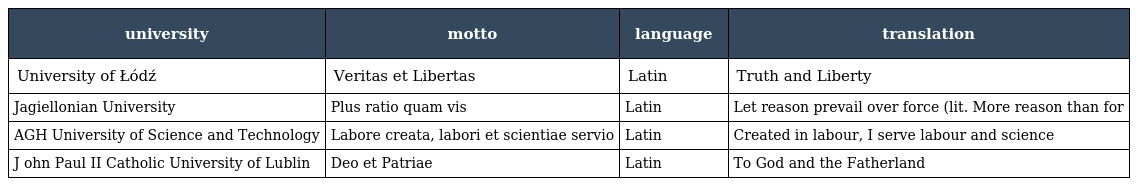
| university | motto | language | translation |
 | --- | --- | --- | --- |
 | University of Łódź | Veritas et Libertas | Latin | Truth and Liberty |
 | Jagiellonian University | Plus ratio quam vis | Latin | Let reason prevail over force (lit. More reason than for |
 | AGH University of Science and Technology | Labore creata, labori et scientiae servio | Latin | Created in labour, I serve labour and science |
 | J ohn Paul II Catholic University of Lublin | Deo et Patriae | Latin | To God and the Fatherland |